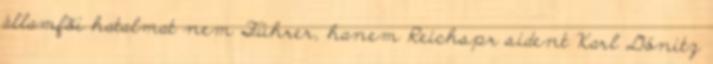
államfõi hatalmat nem Führer, hanem Reichspr sident Karl Dönitz